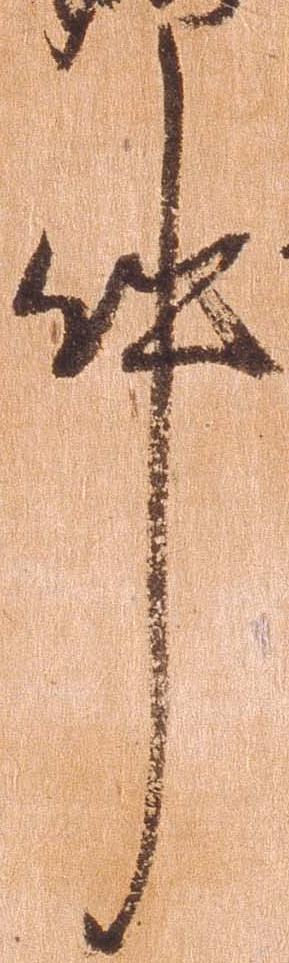
件